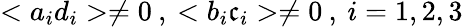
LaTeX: <a_{i}d_{i}>\neq0\: ,\: <b_{i}\mathfrak{c}_{i}>\neq0\: ,\: i=1,2,3